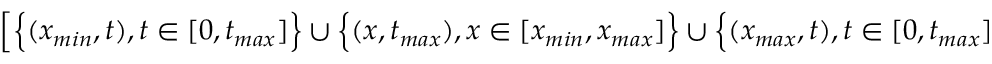
\left[ \Big \{ ( x _ { m i n } , t ) , t \in [ 0 , t _ { m a x } ] \Big \} \cup \Big \{ ( x , t _ { m a x } ) , x \in [ x _ { m i n } , x _ { m a x } ] \Big \} \cup \Big \{ ( x _ { m a x } , t ) , t \in [ 0 , t _ { m a x } ] \Big \} \right] \times \{ - 1 , 1 \} .